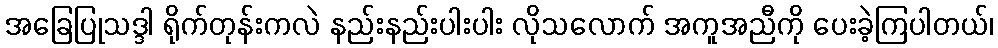
အခြေပြုသဒ္ဒါ ရိုက်တုန်းကလဲ နည်းနည်းပါးပါး လိုသလောက် အကူအညီကို ပေးခဲ့ကြပါတယ်၊